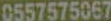
0557575067